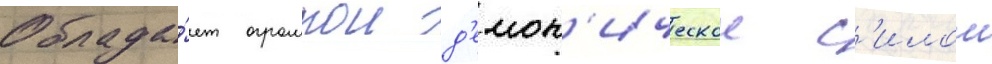
Облада́ет огромнои д'емон'ическои с'илои